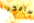
سأفكر